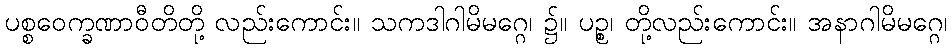
ပစ္စဝေက္ခဏာဝီတိတို့ လည်းကောင်း။ သကဒါဂါမိမဂ္ဂေ၊ ၌။ ပဉ္စ၊ တို့လည်းကောင်း။ အနာဂါမိမဂ္ဂေ၊